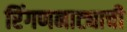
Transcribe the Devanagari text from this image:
रिंगणनाट्याची